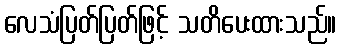
လေသံပြတ်ပြတ်ဖြင့် သတိပေးထားသည်။